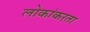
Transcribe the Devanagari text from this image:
लोकांकरता